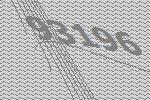
93196